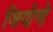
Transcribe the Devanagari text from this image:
जियोनो